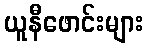
ယူနီဖောင်းများ